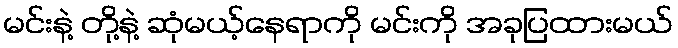
မင်းနဲ့ တို့နဲ့ ဆုံမယ့်နေရာကို မင်းကို အခုပြထားမယ်